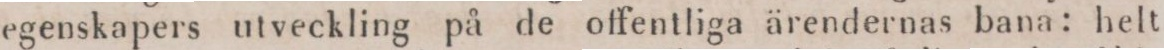
egenskapers utveckling på de offentliga ärendernas bana: helt